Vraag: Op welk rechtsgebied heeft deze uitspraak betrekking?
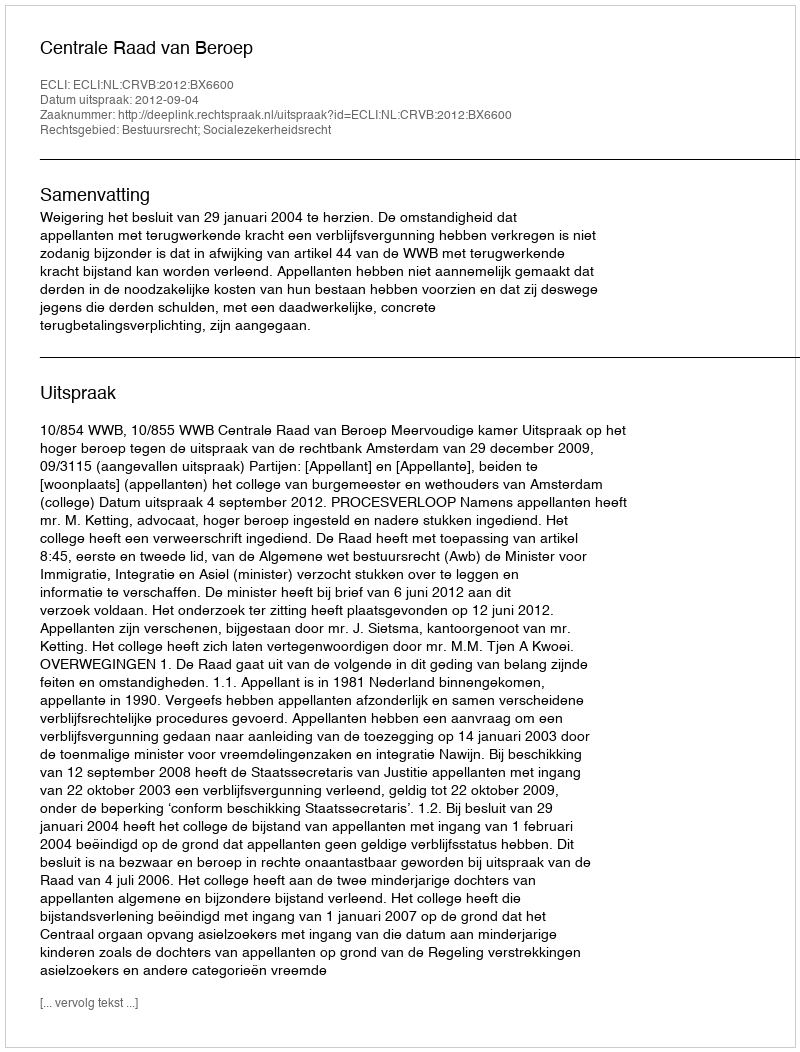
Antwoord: Bestuursrecht; Socialezekerheidsrecht